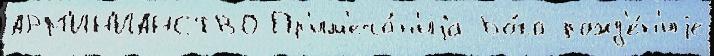
АРМ'ИН'ИАНСТВО Пр'им'еча́н'иjа Бо́га рожд'е́н'иjе